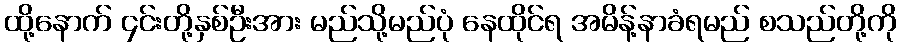
ထို့နောက် ၄င်းတို့နှစ်ဦးအား မည်သို့မည်ပုံ နေထိုင်ရ အမိန့်နာခံရမည် စသည်တို့ကို